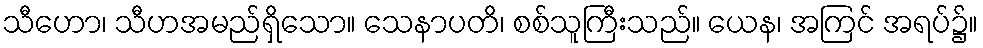
သီဟော၊ သီဟအမည်ရှိသော။ သေနာပတိ၊ စစ်သူကြီးသည်။ ယေန၊ အကြင် အရပ်၌။